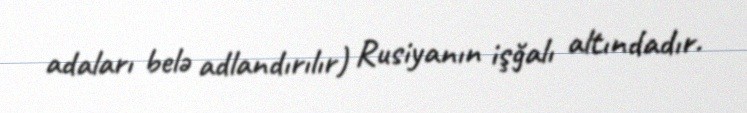
adaları belə adlandırılır) Rusiyanın işğalı altındadır.